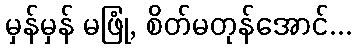
မှန်မှန် မဖြုံ, စိတ်မတုန်အောင်...